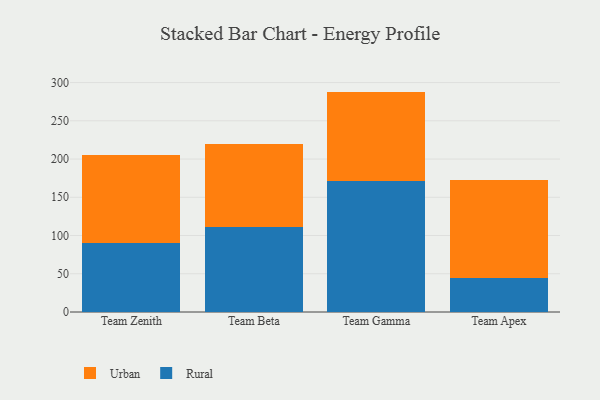
{"axis": {"x": "Team", "y": "Headcount"}, "legend": ["Rural", "Urban"], "data": [{"x": "Team Zenith", "y": 90.8, "type": "Rural"}, {"x": "Team Zenith", "y": 114.9, "type": "Urban"}, {"x": "Team Beta", "y": 111.6, "type": "Rural"}, {"x": "Team Beta", "y": 108.1, "type": "Urban"}, {"x": "Team Gamma", "y": 171.6, "type": "Rural"}, {"x": "Team Gamma", "y": 116.6, "type": "Urban"}, {"x": "Team Apex", "y": 43.9, "type": "Rural"}, {"x": "Team Apex", "y": 128.8, "type": "Urban"}]}